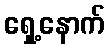
ရှေ့နောက်